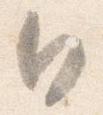
日